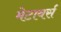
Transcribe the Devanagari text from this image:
मेटावर्स